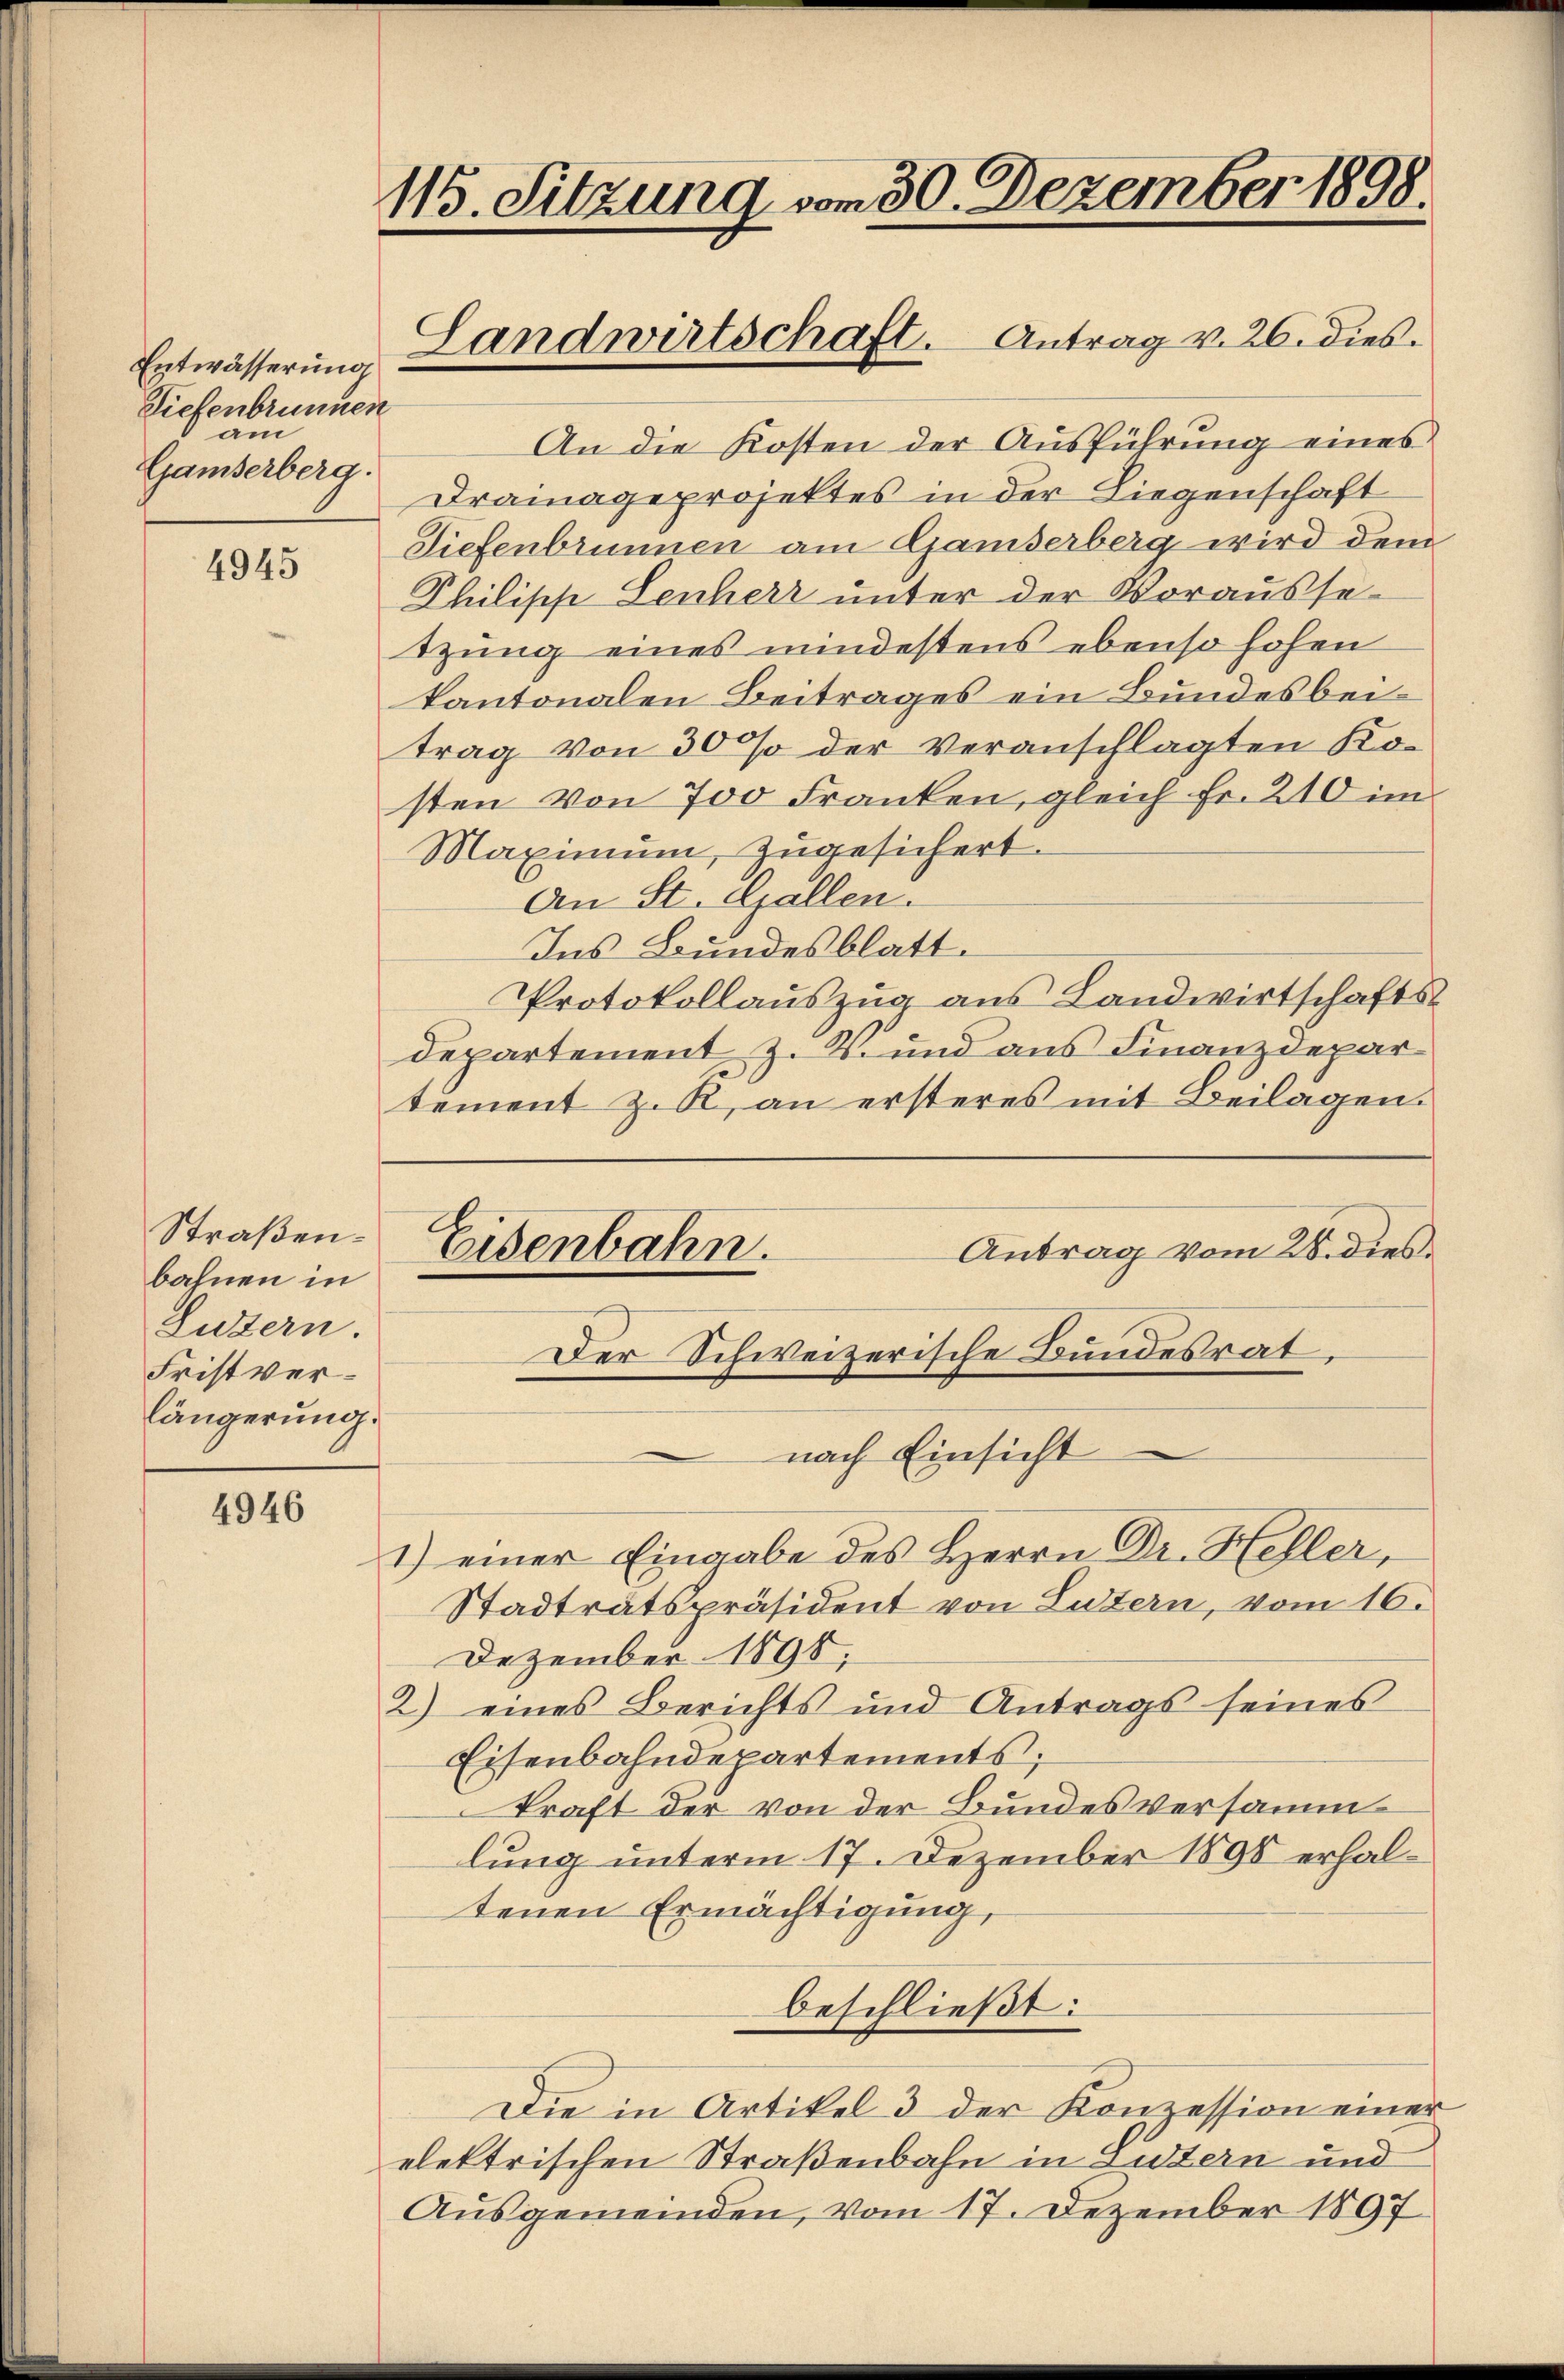
Entwässerung
Ziefenbrunnen
am
Gamserberg.

4945

Straßen.
bahnen in
Luzern.
Fristverlängerung.

4946

115. Sitzung vom 30. Dezember 1898.

An die Kosten der Ausführung eines
Drainageprojektes in der Liegenschaft
Tiefenbrunnen am Gamserberg wird dem
Philisch Leuherr unter der Vorausse-
tzung eines mindestens ebenso hohen
kantonalen Beitrages ein Bundesbeitrag von 30 % der veranschlagten Kosten von 700 Franken, gleich Fr. 210 im
Maximum, zugesichert.
An St. Gallen.
Ins Bundesblatt.
Protokollauszug aus Landwirtschafts
departement Z. V. und aus Finanzdepartement z. R., an ersteres mit Beilagen.
Eisenbahn.
Antrag vom 28. dies
Der Schweizerische Bundesrat.
nach Einsicht
1) einer Eingabe des Herrn Dr. Heller,
Stadtratspräsident von Luzern, vom 16.
Dezember 1898.
2) eines Berichts und Antrags seines
Eisenbahndepartements;
kraft der von der Bundesversamm
lung unterm 17. Dezember 1898 erhaltenen Ermächtigung,
beschließt:
Die in Artikel 3 der Konzession einer
elektrischen Straßenbahn in Luzern und
Ausgemeinden, vom 17. Dezember 1897

e
Landwirtschaft. Antrag v. 26. dies